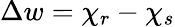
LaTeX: \Delta w=\chi_{r}-\chi_{s}